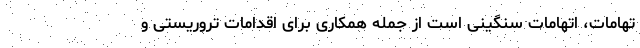
تهامات، اتهامات سنگینی است از جمله همکاری برای اقدامات تروریستی و